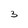
Character: 3